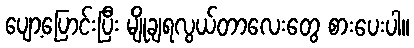
ပျော့ပြောင်းပြီး မျိုချရလွယ်တာလေးတွေ စားပေးပါ။